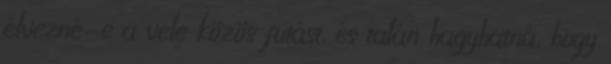
élvezné-e a vele közös futást, és talán hagyhatná, hogy